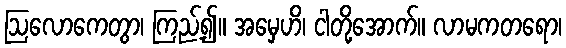
ဩလောကေတွာ၊ ကြည့်၍။ အမှေဟိ၊ ငါတို့အောက်။ လာမကတရော၊